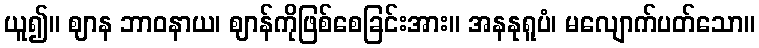
ယူ၍။ ဈာန ဘာဝနာယ၊ ဈာန်ကိုဖြစ်စေခြင်းအား။ အနနုရူပံ၊ မလျောက်ပတ်သော။